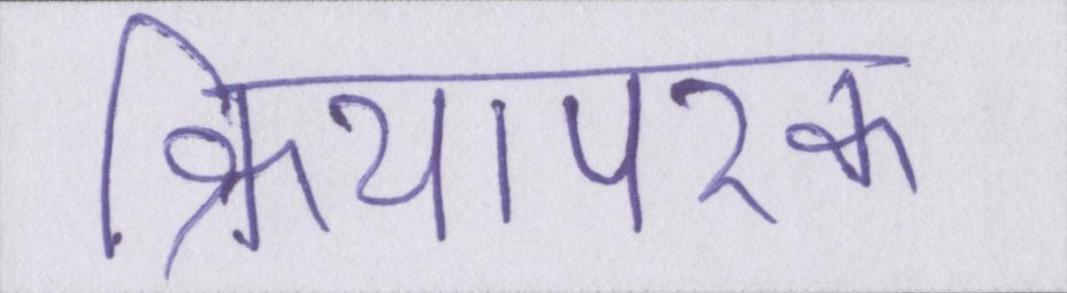
क्रियापरक